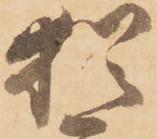
猶